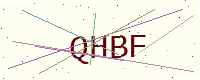
Text: QHBF